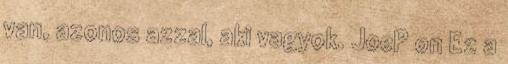
van, azonos azzal, aki vagyok. JoeP on Ez a